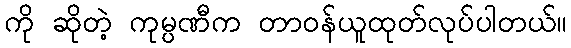
ကို ဆိုတဲ့ ကုမ္ပဏီက တာဝန်ယူထုတ်လုပ်ပါတယ်။